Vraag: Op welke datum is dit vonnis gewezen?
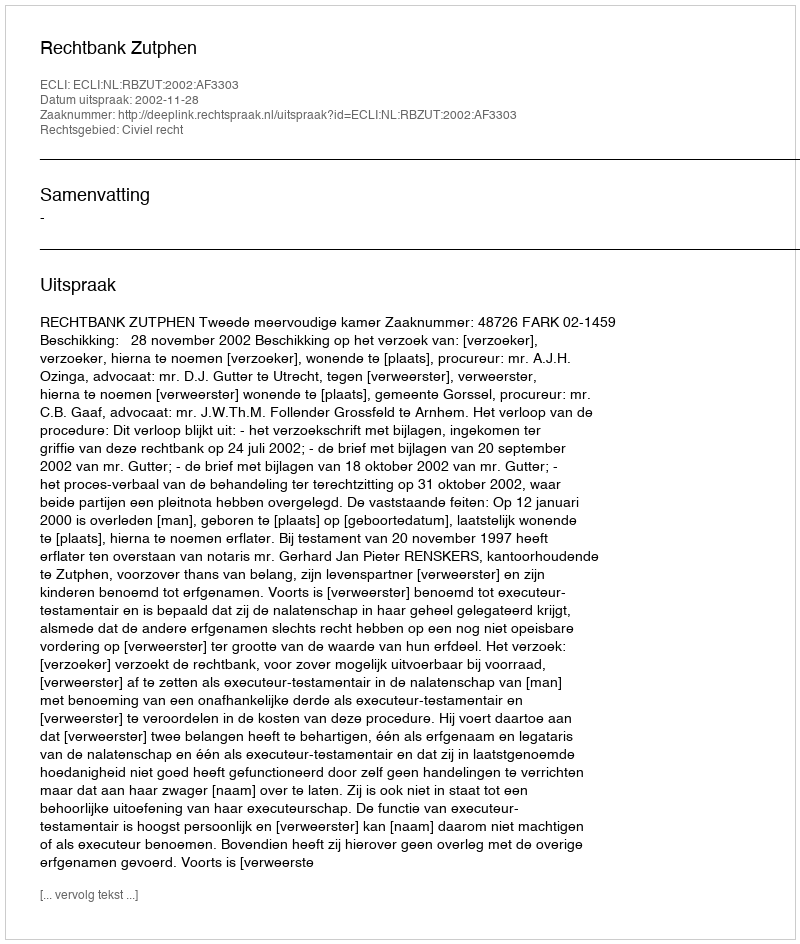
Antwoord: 2002-11-28